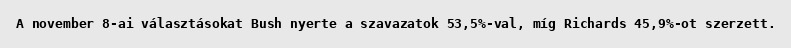
A november 8-ai választásokat Bush nyerte a szavazatok 53,5%-val, míg Richards 45,9%-ot szerzett.